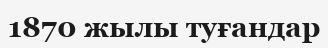
1870 жылы туғандар